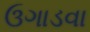
ઉગાડવા